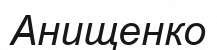
Анищенко